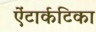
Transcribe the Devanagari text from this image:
ऐंटार्कटिका